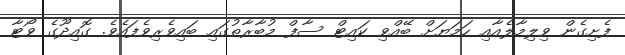
ފެށިގެން ވިލިމާލެއާއި ހަމަޔަށް ބޭއްވި ކައިޓް ސާފް މުބާރާތުގައި ބައިވެރިވެފައެވެ. ގޮއިދޫގެ ވޯޓާ